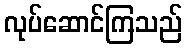
လုပ်ဆောင်ကြသည်